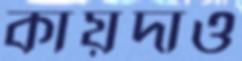
কায়দাও